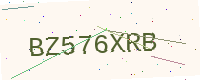
Text: BZ576XRB